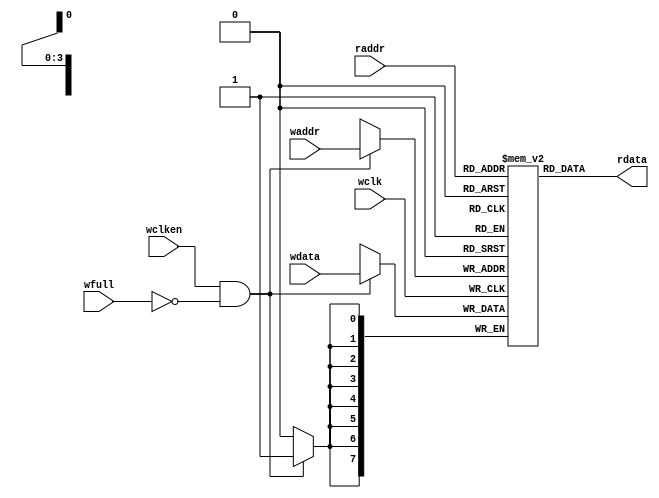
module fifomem #(parameter DATASIZE = 8, // Memory data word width
                     parameter ADDRSIZE = 4) // Number of mem address bits
    (output [DATASIZE-1:0] rdata,
     input [DATASIZE-1:0] wdata,
     input [ADDRSIZE-1:0] waddr, raddr,
     input wclken, wfull, wclk);
`ifdef VENDORRAM
    // instantiation of a vendor's dual-port RAM
    vendor_ram mem (.dout(rdata), .din(wdata),
                    .waddr(waddr), .raddr(raddr),
                    .wclken(wclken),
                    .wclken_n(wfull), .clk(wclk));
`else
    // RTL Verilog memory model
    localparam DEPTH = 1<<ADDRSIZE;
    reg [DATASIZE-1:0] mem [0:DEPTH-1];
    assign rdata = mem[raddr];
    always @(posedge wclk)
        if (wclken && !wfull)
            mem[waddr] <= wdata;
`endif
endmodule